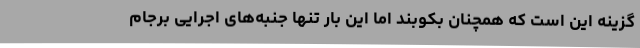
گزینه این است که همچنان بکوبند اما این بار تنها جنبه‌های اجرایی برجام